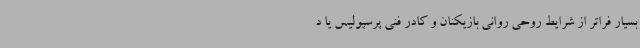
بسیار فراتر از شرایط روحی روانی بازیکنان و کادر فنی پرسپولیس یا د